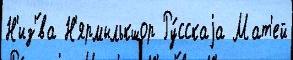
Н'из'́ва Н'ярмылькшор Ру́сскаjа Мат'ей